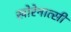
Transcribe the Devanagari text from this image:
खोरेनात्सी